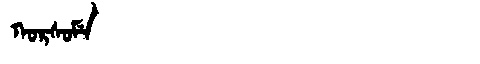
Manchu: ᡴᠣᡵᠰᠣᠮᡝ
Romanization: KORSOME